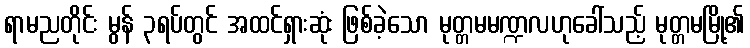
ရာမညတိုင်း မွန် ၃ရပ်တွင် အထင်ရှားဆုံး ဖြစ်ခဲ့သော မုတ္တမမဏ္ဍလဟုခေါ်သည့် မုတ္တမမြို့၏